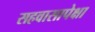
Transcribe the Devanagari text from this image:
सहवासापेक्षा